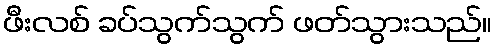
ဖီးလစ် ခပ်သွက်သွက် ဖတ်သွားသည်။